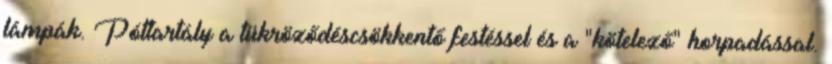
lámpák. Póttartály a tükröződéscsökkentő festéssel és a "kötelező" horpadással.